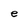
Character: e